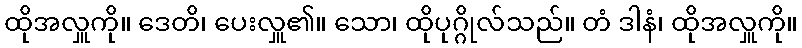
ထိုအလှူကို။ ဒေတိ၊ ပေးလှူ၏။ သော၊ ထိုပုဂ္ဂိုလ်သည်။ တံ ဒါနံ၊ ထိုအလှူကို။